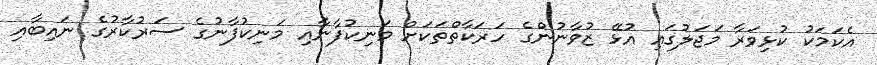
އެކަމަކު ކުޅިވަރާ މަޖަލުގައި އުޅޭ ޒުވާނުންގެ ހަރަކާތްތަކަށް މަނިކުފާނާއި މަނިކުފާނުގެ ސަރުކާރުގެ ނައިބާއި